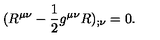
( R ^ { \mu \nu } - \frac { 1 } { 2 } g ^ { \mu \nu } R ) _ { ; \nu } = 0 .